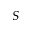
S